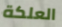
العلكة